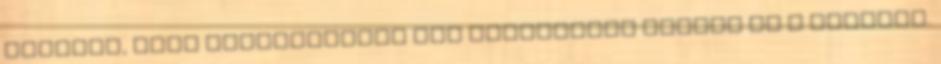
olyanok, akik kifejezetten egy rendezőért mennek el a mozikba.